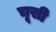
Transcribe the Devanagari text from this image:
चूसी